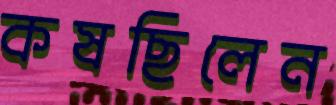
কষছিলেন